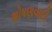
શોષણવાદી